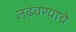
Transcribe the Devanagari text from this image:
लढवण्याचे